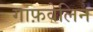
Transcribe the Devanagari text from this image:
गाफ़वेलिन